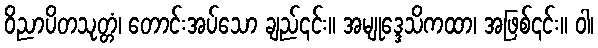
ဝိညာပိတသုတ္တံ၊ တောင်းအပ်သော ချည်၎င်း။ အမျုဒ္ဒေသိကထာ၊ အဖြစ်၎င်း။ ဝါ၊